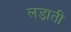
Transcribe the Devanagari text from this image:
लड़ाती